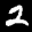
Label: 2